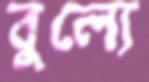
বুল্যে